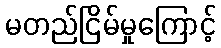
မတည်ငြိမ်မှုကြောင့်